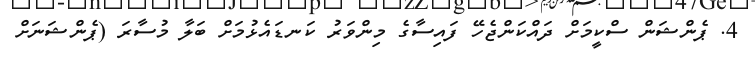
4. ޕެންޝަން ސްކީމަށް ދައްކަންޖެހޭ ފައިސާގެ މިންވަރު ކަނޑައެޅުމަށް ބަލާ މުސާރަ (ޕެންޝަނަށް